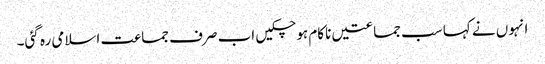
انہوں نے کہا سب جماعتیں ناکام ہو چکیں اب صرف جماعت اسلامی رہ گئی۔